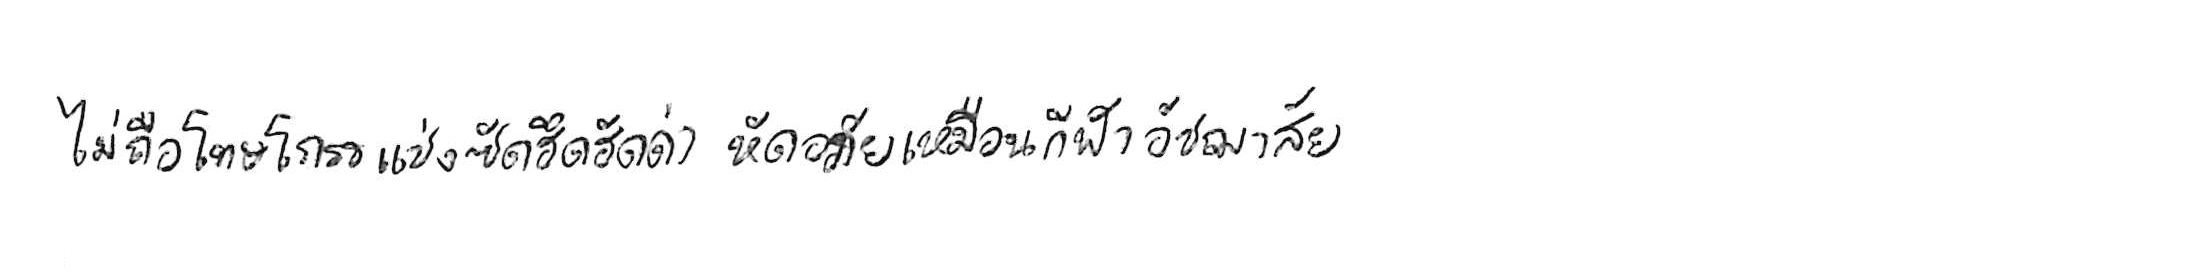
ไม่ถือโทษโกรธแช่งซัดฮึดฮัดด่า หัดอภัยเหมือนกีฬาอัชฌาสัย